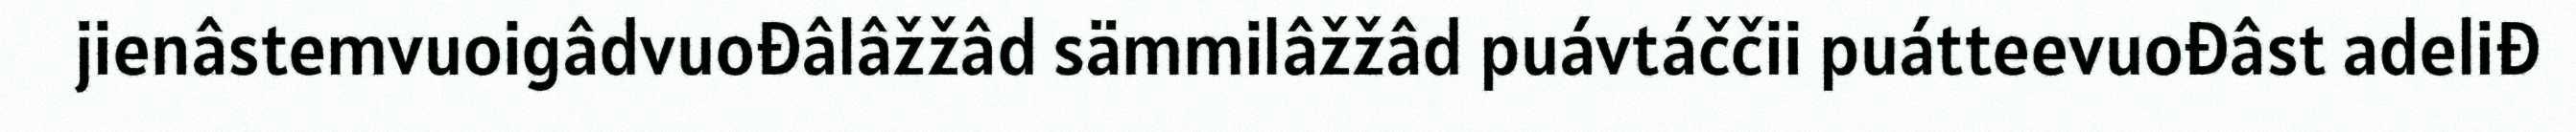
jienâstemvuoigâdvuođâlâžžâd sämmilâžžâd puávtáččii puátteevuođâst adeliđ